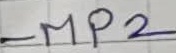
Text: MP2